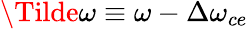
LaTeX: \Tilde{\omega}\equiv\omega-\Delta\omega_{ce}